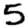
Digit: 5